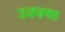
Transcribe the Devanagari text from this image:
उजवणा